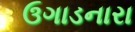
ઉગાડનારા